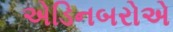
એડિનબરોએ